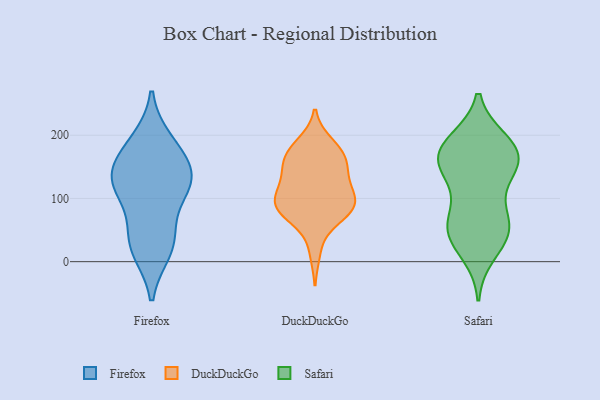
{"axis": {"x": "Bounce Rate (%)", "y": "Value"}, "legend": ["DuckDuckGo", "Firefox", "Safari"], "data": [{"x": "", "y": 19, "type": "Firefox"}, {"x": "", "y": 130, "type": "Firefox"}, {"x": "", "y": 112, "type": "Firefox"}, {"x": "", "y": 41, "type": "Firefox"}, {"x": "", "y": 122, "type": "Firefox"}, {"x": "", "y": 151, "type": "Firefox"}, {"x": "", "y": 189, "type": "Firefox"}, {"x": "", "y": 30, "type": "Firefox"}, {"x": "", "y": 124, "type": "Firefox"}, {"x": "", "y": 175, "type": "Firefox"}, {"x": "", "y": 90, "type": "DuckDuckGo"}, {"x": "", "y": 183, "type": "DuckDuckGo"}, {"x": "", "y": 157, "type": "DuckDuckGo"}, {"x": "", "y": 98, "type": "DuckDuckGo"}, {"x": "", "y": 168, "type": "DuckDuckGo"}, {"x": "", "y": 114, "type": "DuckDuckGo"}, {"x": "", "y": 88, "type": "DuckDuckGo"}, {"x": "", "y": 160, "type": "DuckDuckGo"}, {"x": "", "y": 142, "type": "DuckDuckGo"}, {"x": "", "y": 163, "type": "DuckDuckGo"}, {"x": "", "y": 70, "type": "DuckDuckGo"}, {"x": "", "y": 122, "type": "DuckDuckGo"}, {"x": "", "y": 82, "type": "DuckDuckGo"}, {"x": "", "y": 96, "type": "DuckDuckGo"}, {"x": "", "y": 72, "type": "DuckDuckGo"}, {"x": "", "y": 127, "type": "DuckDuckGo"}, {"x": "", "y": 187, "type": "DuckDuckGo"}, {"x": "", "y": 85, "type": "DuckDuckGo"}, {"x": "", "y": 16, "type": "DuckDuckGo"}, {"x": "", "y": 159, "type": "Safari"}, {"x": "", "y": 165, "type": "Safari"}, {"x": "", "y": 190, "type": "Safari"}, {"x": "", "y": 150, "type": "Safari"}, {"x": "", "y": 136, "type": "Safari"}, {"x": "", "y": 46, "type": "Safari"}, {"x": "", "y": 185, "type": "Safari"}, {"x": "", "y": 14, "type": "Safari"}, {"x": "", "y": 59, "type": "Safari"}, {"x": "", "y": 56, "type": "Safari"}, {"x": "", "y": 39, "type": "Safari"}, {"x": "", "y": 148, "type": "Safari"}, {"x": "", "y": 186, "type": "Safari"}, {"x": "", "y": 170, "type": "Safari"}, {"x": "", "y": 88, "type": "Safari"}, {"x": "", "y": 55, "type": "Safari"}]}